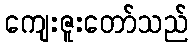
ကျေးဇူးတော်သည်